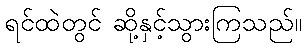
ရင်ထဲတွင် ဆို့နှင့်သွားကြသည်။